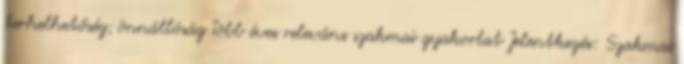
terhelhetőség; önnállóság Több éves releváns szakmai gyakorlat Jelentkezés: Szakmai